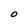
Character: O